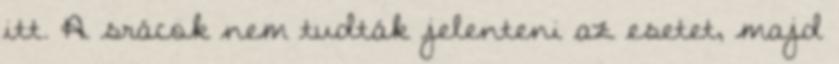
itt. A srácok nem tudták jelenteni az esetet, majd